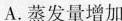
A.蒸发量增加